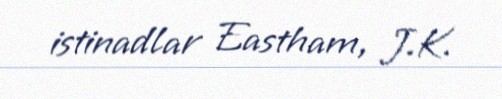
istinadlar Eastham, J.K.